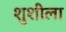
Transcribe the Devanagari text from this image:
शुशीला